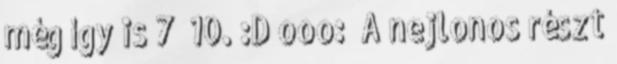
még így is 7 10. :D ooo: “A nejlonos részt